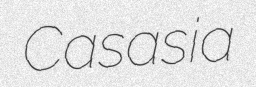
Casasia